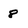
Character: 8